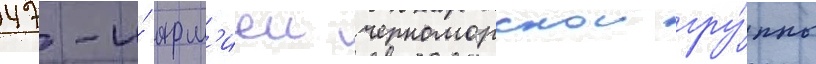
47-и́ арм'иеи черноморскои гру́ппы